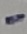
Text: -